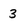
Character: 3